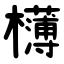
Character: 欂